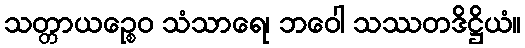
သတ္တာယဉ္စေဝ သံသာရေ၊ ဘဝေါ သဿတဒိဋ္ဌိယံ။